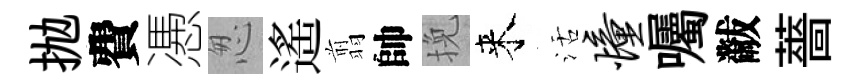
抛費慿怱遙翦帥挽来活憧囑黻薔